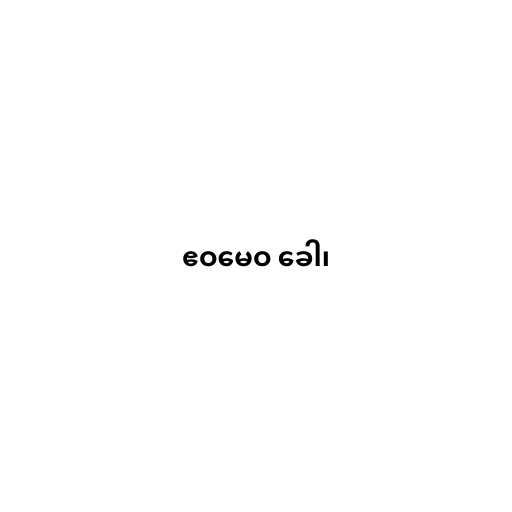
ဧဝမေဝ ခေါ၊